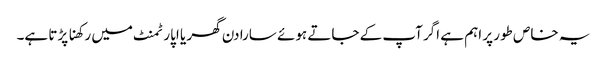
یہ خاص طور پر اہم ہے اگر آپ کے جاتے ہوئے سارا دن گھر یا اپارٹمنٹ میں رکھنا پڑتا ہے۔